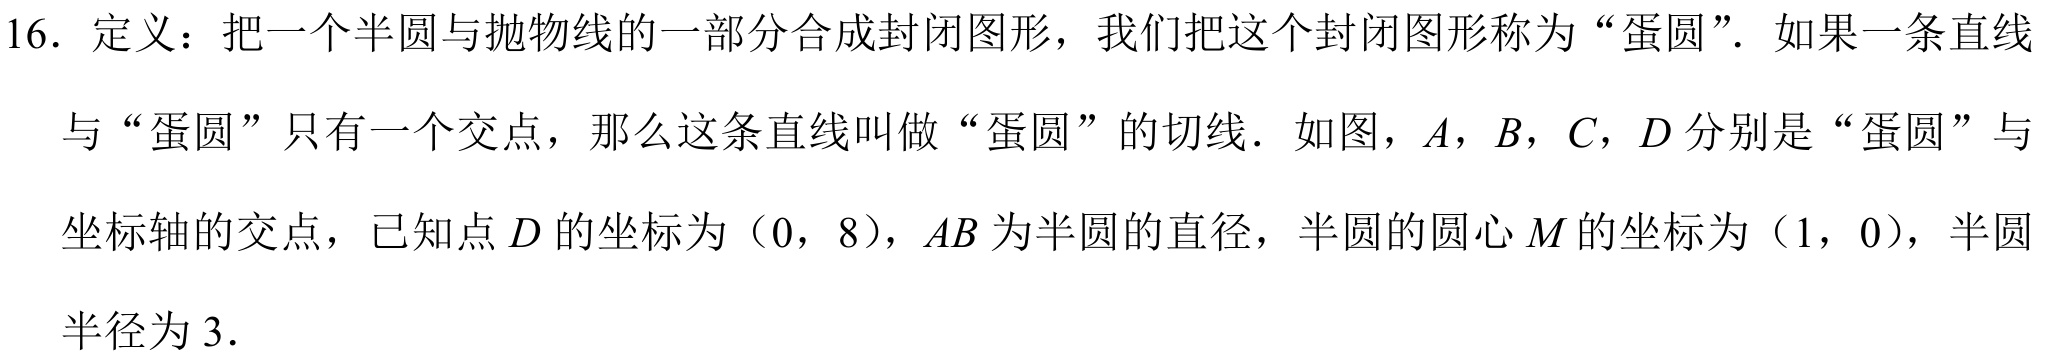
16. 定义：把一个半圆与抛物线的一部分合成封闭图形，我们把这个封闭图形称为“蛋圆”. 如果一条直线
与“蛋圆”只有一个交点，那么这条直线叫做“蛋圆”的切线. 如图，$A$，$B$，$C$，$D$分别是“蛋圆”与
坐标轴的交点，已知点$D$的坐标为$(0,8)$，$AB$为半圆的直径，半圆的圆心$M$的坐标为$(1,0)$，半圆
半径为$3$.